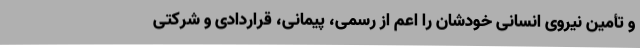
و تأمین نیروی انسانی خودشان را اعم از رسمی، پیمانی، قراردادی و شرکتی